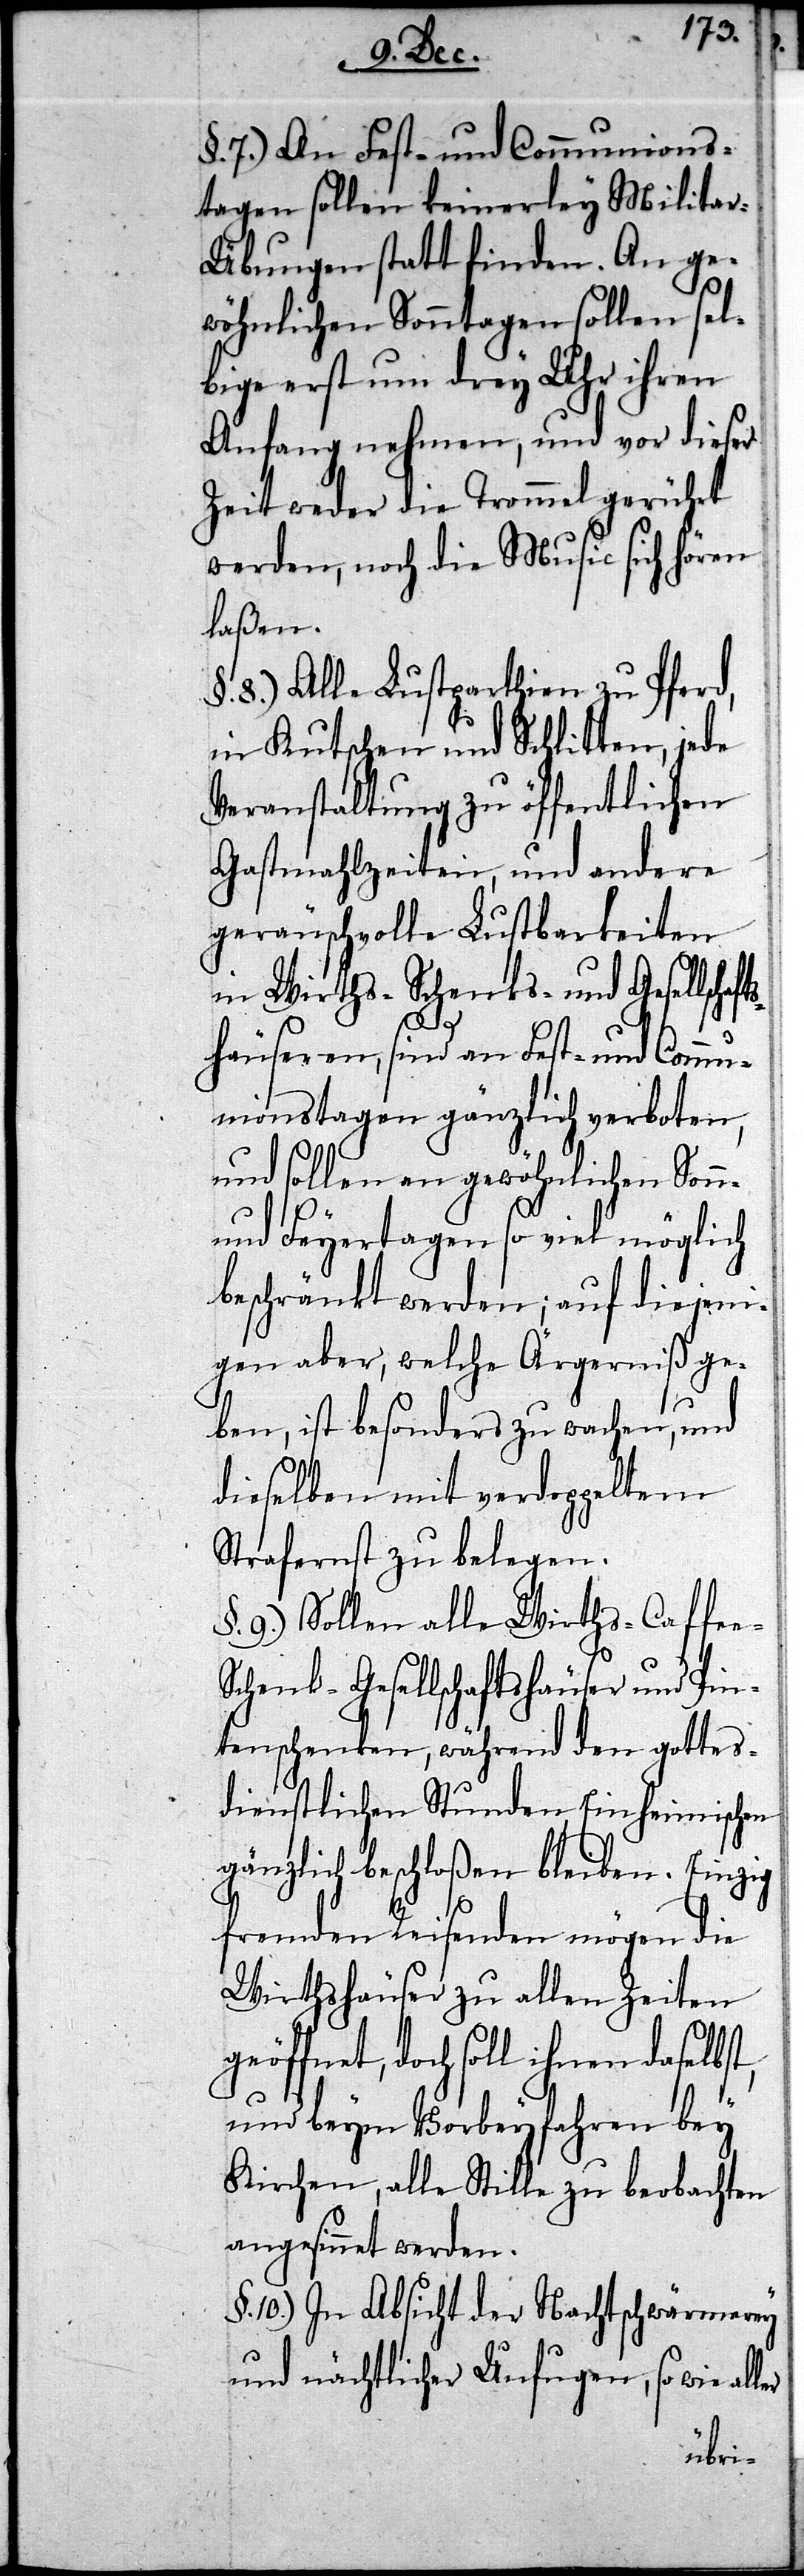
§. 7) An Fest- und Communions¬
tagen sollen keinerley Milita¬
r-Übungen statt finden. An ge¬
wöhnlichen Sonntagen sollen sel¬
bige erst um drey Uhr ihren
Anfang nehmen, und vor dieser
Zeit weder die Trommel gerührt
werden, noch die Music sich hören
laßen.
§. 8.) Alle Lustparthien zu Pferd,
in Kutschen und Schlitten, jede
Veranstaltung zu öffentlichen
Gastmahlzeiten, und andere
geräuschvolle Lustbarkeiten
in Wirths- Schenks- und Gesellsch¬
häuseren, sind an Fest- und Commu¬
nionstagen gänzlich verboten,
und sollen an gewöhnlichen Sonn-
und Feyertagen so viel möglich
beschränkt werden; auf diejeni¬
gen aber, welche Ärgerniß ge¬
ben, ist besonders zu wachen, und
dieselben mit verdoppeltem
Strafernst zu belegen.
§. 9.) Sollen alle Wirths- Caffee-
Schenk- Gesellschaftshäuser und Pin¬
tenschenken, während den gottes¬
dienstlichen Stunden Einheimischen
gänzlich beschloßen bleiben. Einzig
fremden Reisenden mögen die
Wirthshäuser zu allen Zeiten
geöffnet, doch soll ihnen daselbst,
und beym Vorbeyfahren bey
Kirchen, alle Stille zu beobachten
angesinnet werden.
§. 10.) In Absicht der Nachtschwärmerey
und nächtlicher Unfugen, so wie al¬
ler